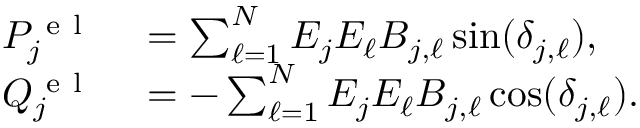
\begin{array} { r l } { P _ { j } ^ { \mathrm { ~ e ~ l ~ } } } & { { } = \sum _ { \ell = 1 } ^ { N } E _ { j } E _ { \ell } B _ { j , \ell } \sin ( \delta _ { j , \ell } ) , } \\ { Q _ { j } ^ { \mathrm { ~ e ~ l ~ } } } & { { } = - \sum _ { \ell = 1 } ^ { N } E _ { j } E _ { \ell } B _ { j , \ell } \cos ( \delta _ { j , \ell } ) . } \end{array}